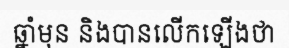
ឆ្នាំមុន និងបានលើកឡើងថា